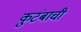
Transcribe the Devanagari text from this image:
कुटंबाची